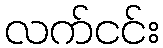
လက်ငင်း